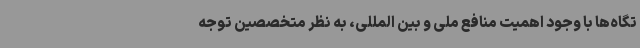
تگاه‌ها با وجود اهمیت منافع ملی و بین المللی، به نظر متخصصین توجه